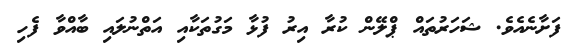
ފަށާނެއެވެ. ޝަހަރުތައް ޕްލޭން ކުރާ އިރު ފުޅާ މަގުތަކާއި އަތްނުލައި ބާއްވާ ފެހި